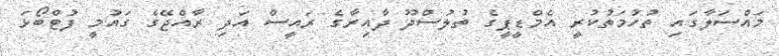
މައްސަލާގައި ތުހުމަތުކުރީ އެމްޑީޕީގެ ތުލުސްދޫ ދާއިރާގެ ރައީސް އަދި ރާއްޖޭގެ ގައުމީ ފުޓްބޯޅަ